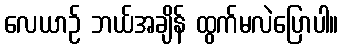
လေယာဉ် ဘယ်အချိန် ထွက်မလဲပြောပါ။